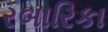
રબારિકા